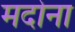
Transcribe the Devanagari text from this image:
मदोना